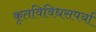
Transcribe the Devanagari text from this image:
कृतविविधसपर्या